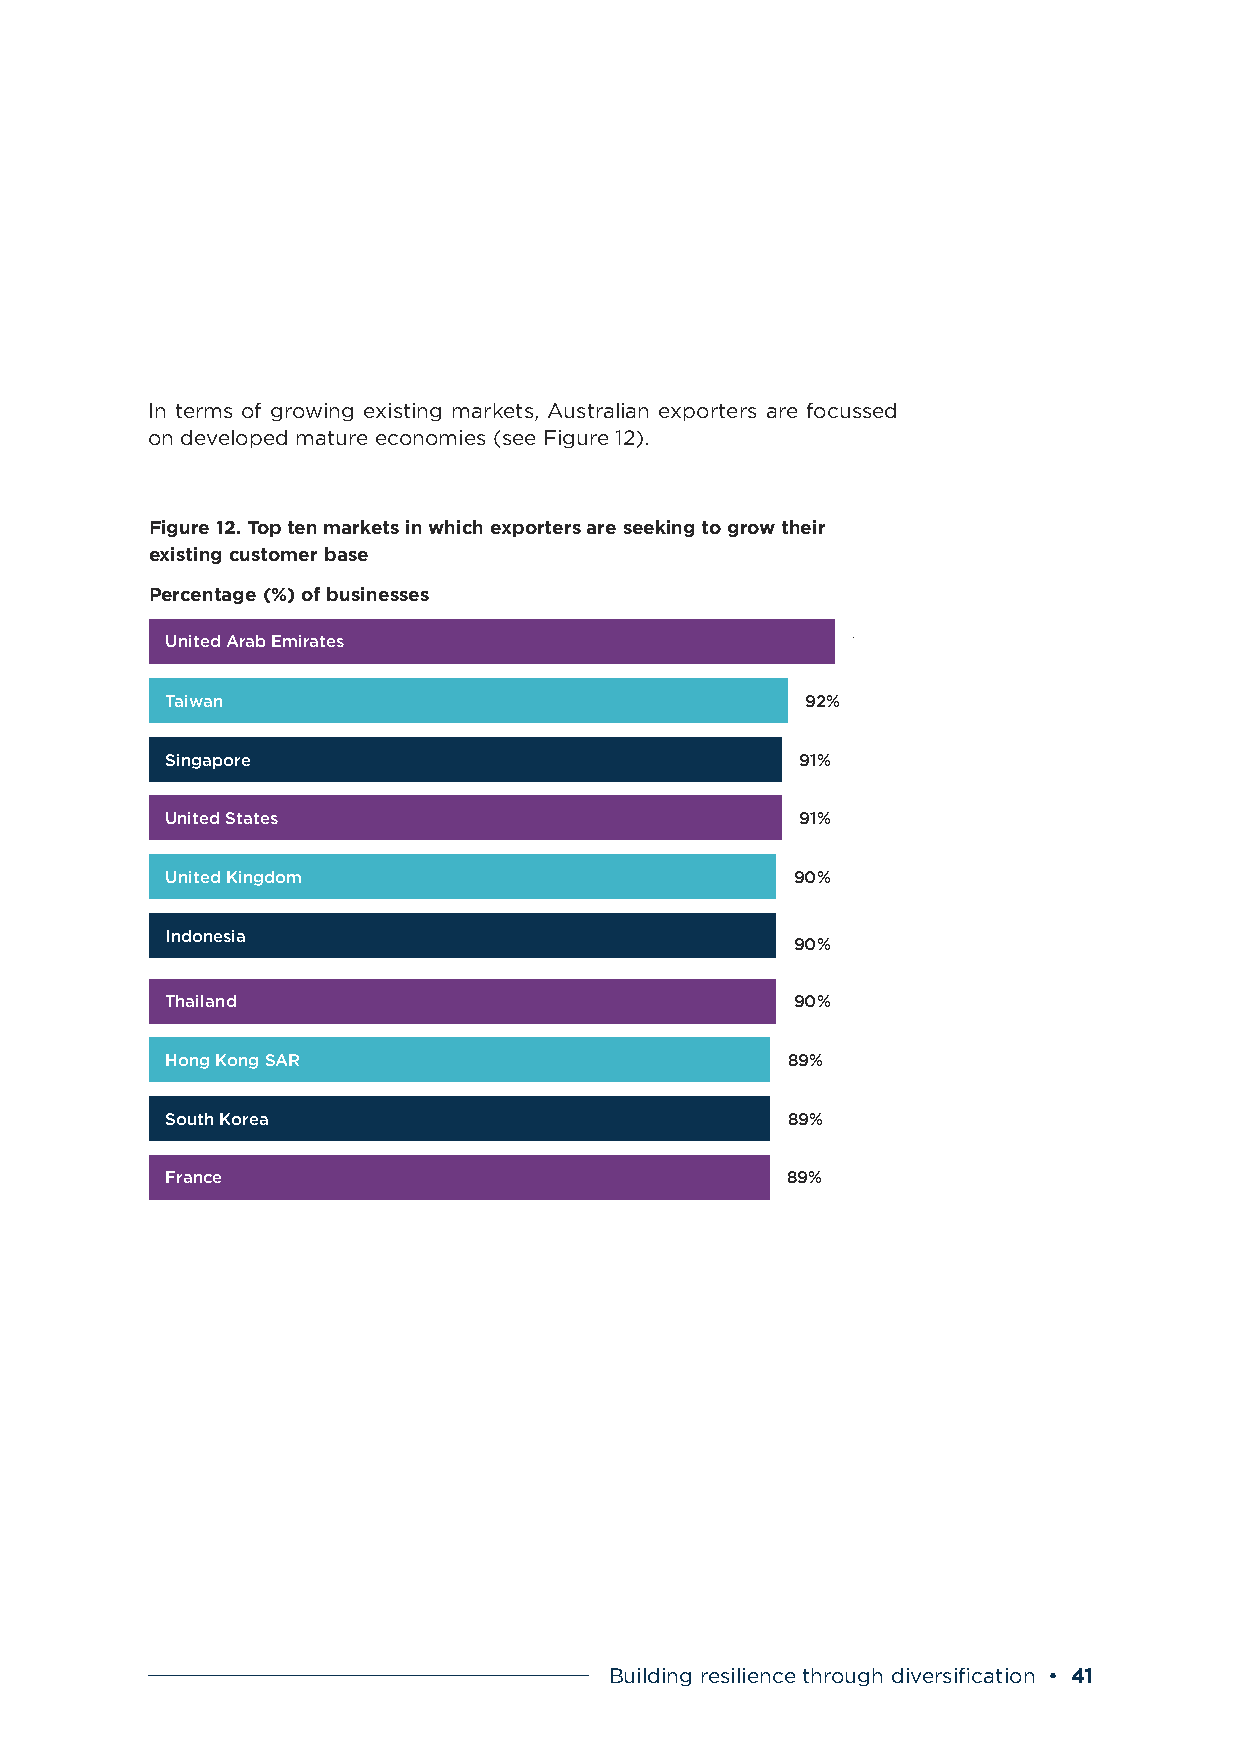
In terms of growing existing markets, Australian exporters are focussed
 on developed mature economies (see Figure 12).
 Figure 12. Top ten markets in which exporters are seeking to grow their
 existing customer base
 Percentage (%) of businesses
 United Arab Emirates                         100%
 Taiwan                                    92%
 Singapore                                 91%
 United States                             91%
 United Kingdom                            90%
 Indonesia
 90%
 Thailand                                  90%
 Hong Kong SAR                            89%
 South Korea                              89%
 France                                   89%
 Building resilience through diversification • 41